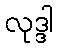
လုဒ္ဒါ